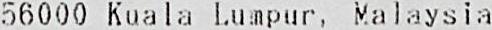
56000 KUALA LUMPUR, MALAYSIA